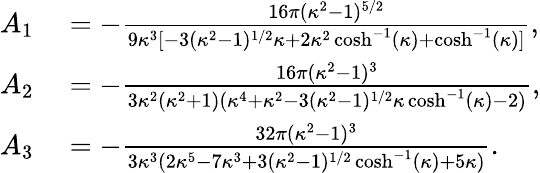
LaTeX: \begin{array}{rl}{A_{1}}&{{}=-\frac{16\pi(\kappa^{2}-1)^{5/2}}{9\kappa^{3}[-3(\kappa^{2}-1)^{1/2}\kappa+2\kappa^{2}\cosh^{-1}(\kappa)+\cosh^{-1}(\kappa)]},}\\ {A_{2}}&{{}=-\frac{16\pi(\kappa^{2}-1)^{3}}{3\kappa^{2}(\kappa^{2}+1)(\kappa^{4}+\kappa^{2}-3(\kappa^{2}-1)^{1/2}\kappa\cosh^{-1}(\kappa)-2)},}\\ {A_{3}}&{{}=-\frac{32\pi(\kappa^{2}-1)^{3}}{3\kappa^{3}(2\kappa^{5}-7\kappa^{3}+3(\kappa^{2}-1)^{1/2}\cosh^{-1}(\kappa)+5\kappa)}.}\end{array}